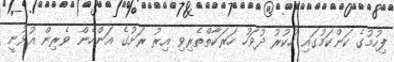
ފިހުމުގެ ކަންކަމުގައި ހުކުރު ދުވަހު ހަރަކާތްތެރިވި އިރު ރަށުގެ އަންހެން ވެރިން އުޅުނީ